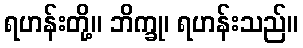
ရဟန်းတို့။ ဘိက္ခု၊ ရဟန်းသည်။